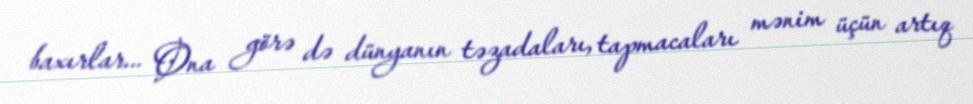
baxırlar... Ona görə də dünyanın təzadaları, tapmacaları mənim üçün artıq